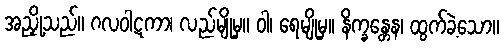
အညှို့သည်။ ဂလဝါဋကာ၊ လည်မျိုမှ။ ဝါ၊ ရေမျိုမှ။ နိက္ခန္တေန၊ ထွက်ခဲ့သော။